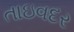
તાઇવદર